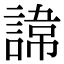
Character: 𮘪